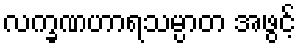
လက္ခဏဟာရသမ္ပာတ အဖွင့်